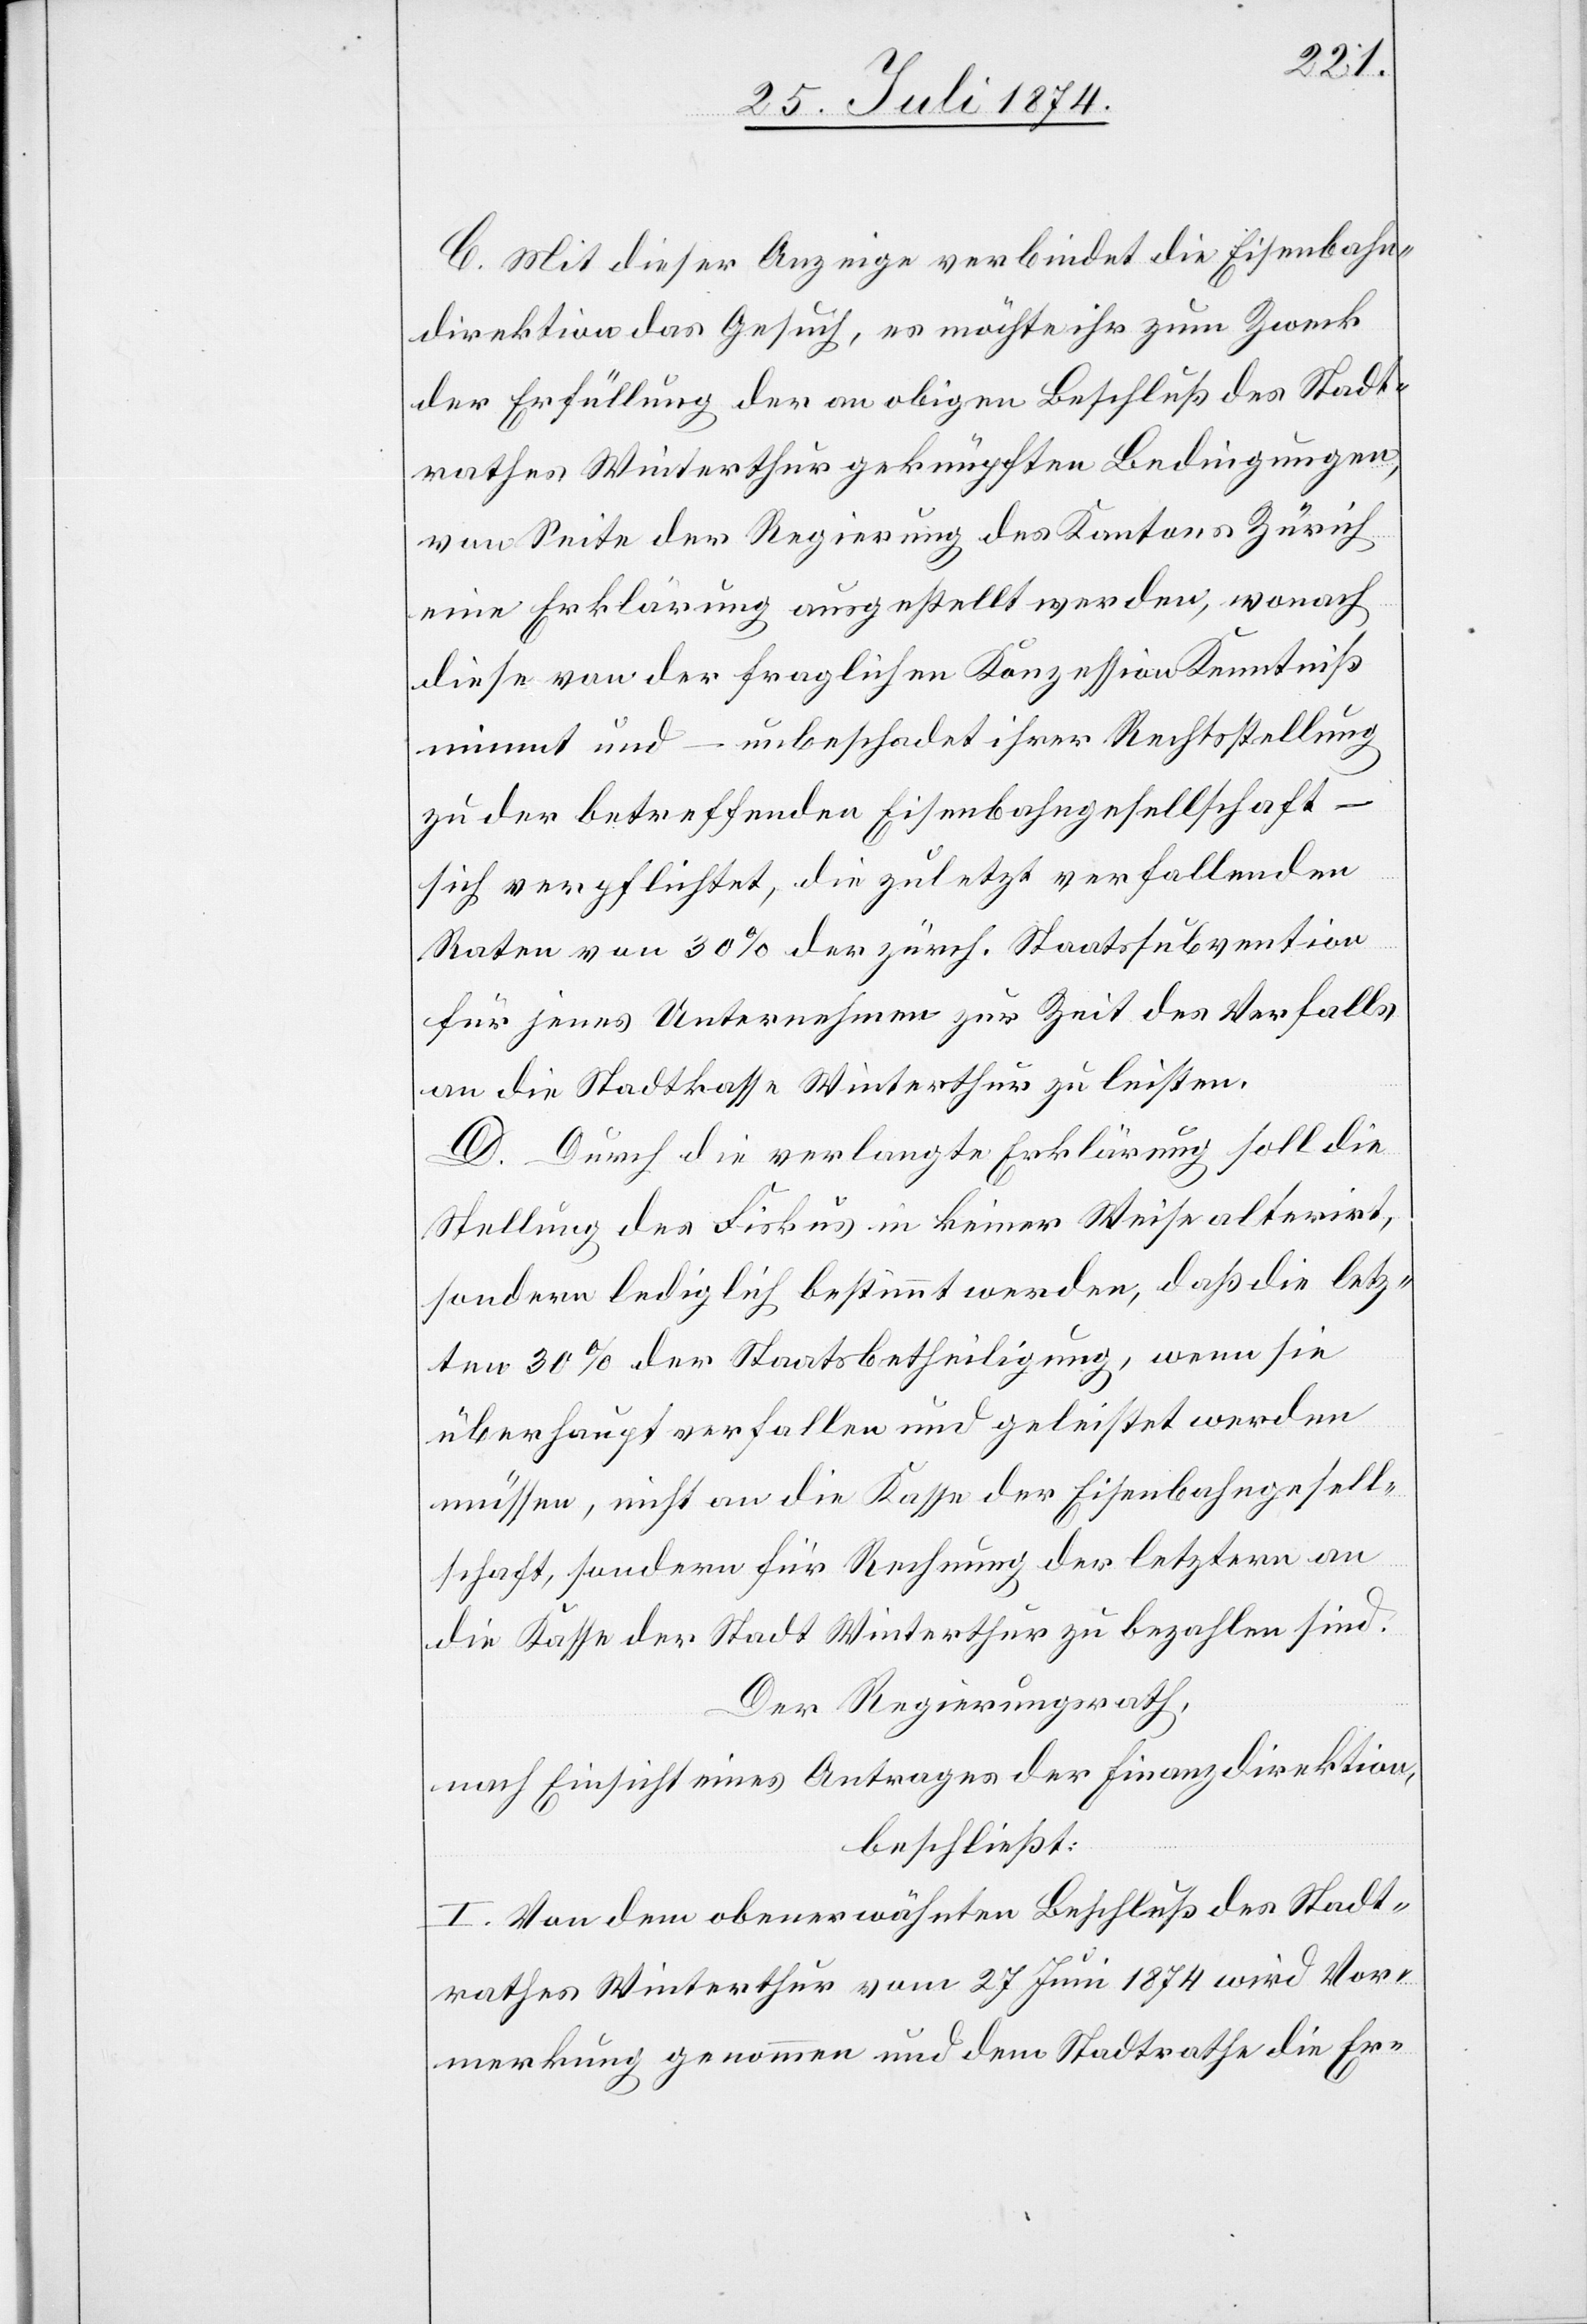
C. Mit dieser Anzeige verbindet die Eisenbahn¬
direktion das Gesuch, es möchte ihr zum Zweck
der Erfüllung der an obigen Beschluß des Stadt¬
rathes Winterthur geknüpften Bedingungen,
von Seite der Regierung des Kantons Zürich
eine Erklärung ausgestellt werden, wonach
diese von der fraglichen Konzession Kenntniß
nimmt und – unbeschadet ihrer Rechtsstellung
zu der betreffenden Eisenbahngesellschaft –
sich verpflichtet, die zuletzt verfallenden
Raten von 30% der zürch. Staatssubvention
für jenes Unternehmen zur Zeit des Verfalls
an die Stadtkasse Winterthur zu leisten.
D. Durch die verlangte Erklärung soll die
Stellung des Fiskus in keiner Weise alterirt,
sondern lediglich bestimmt werden, daß die letz¬
ten 30% der Staatsbetheiligung, wenn sie
überhaupt verfallen und geleistet werden
müssen, nicht an die Kasse der Eisenbahngesell¬
schaft, sondern für Rechnung der letztern an
die Kasse der Stadt Winterthur zu bezahlen sind.
Der Regierungsrath,
nach Einsicht eines Antrages der Finanzdirektion,
beschließt:
I. Von dem obenerwähnten Beschluß des Stadt¬
rathes Winterthur vom 27. Juni 1874 wird Vor¬
merkung genommen und dem Stadtrathe die Er-